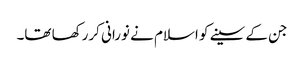
جن کے سینے کو اسلام نے نورانی کررکھا تھا۔